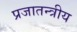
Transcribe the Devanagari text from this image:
प्रजातन्त्रीय